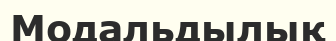
Модальдылық